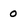
Character: 0